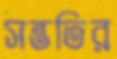
সন্ততির